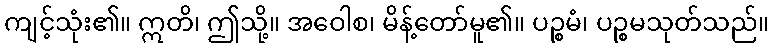
ကျင့်သုံး၏။ ဣတိ၊ ဤသို့။ အဝေါစ၊ မိန့်တော်မူ၏။ ပဉ္စမံ၊ ပဉ္စမသုတ်သည်။